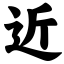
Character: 近